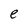
Character: e